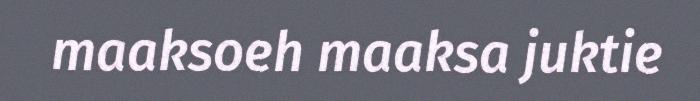
maaksoeh maaksa juktie